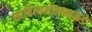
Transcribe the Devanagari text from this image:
साहित्यलेखनाकडे